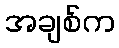
အချစ်က